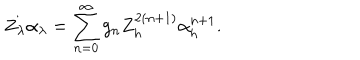
Z _ { \lambda } \alpha _ { \lambda } = \sum _ { n = 0 } ^ { \infty } g _ { n } Z _ { h } ^ { 2 ( n + 1 ) } \alpha _ { h } ^ { n + 1 } .